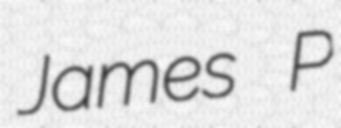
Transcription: James P